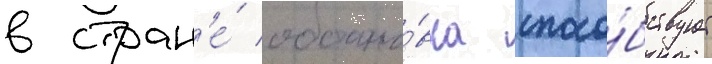
в стран'е́ обстано́вка спосо́бствует